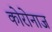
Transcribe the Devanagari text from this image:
कोरोनाज